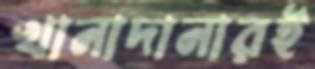
খানাদানারই